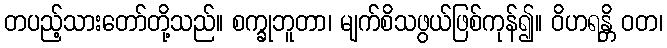
တပည့်သားတော်တို့သည်။ စက္ခုဘူတာ၊ မျက်စိသဖွယ်ဖြစ်ကုန်၍။ ဝိဟရန္တိ ဝတ၊